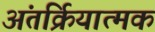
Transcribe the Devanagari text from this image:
अंतर्क्रियात्मक